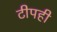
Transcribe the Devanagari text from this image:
टीपही